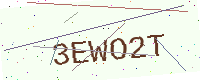
Text: 3EWO2T